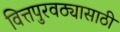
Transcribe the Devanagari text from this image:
वित्तपुरवठ्यासाठी